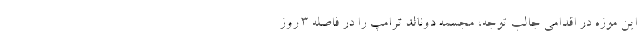
این موزه در اقدامی جالب توجه، مجسمه دونالد ترامپ را در فاصله ۳ روز